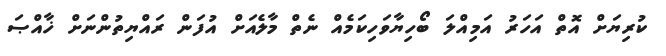
ކުރިޔަށް އޮތް އަހަރު އަމިއްލަ ބޯހިޔާވަހިކަމެއް ނެތް މާލެއަށް އުފަން ރައްޔިތުންނަށް ޚާއްޞަ